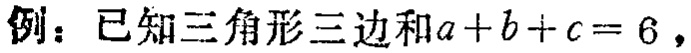
例：已知三角形三边和\(a + b + c = 6\)，